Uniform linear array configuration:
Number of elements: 8
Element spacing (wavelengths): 0.5
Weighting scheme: binomial
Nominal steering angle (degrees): -45
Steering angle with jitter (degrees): -44.222
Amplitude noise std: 0.05
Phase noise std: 0.05

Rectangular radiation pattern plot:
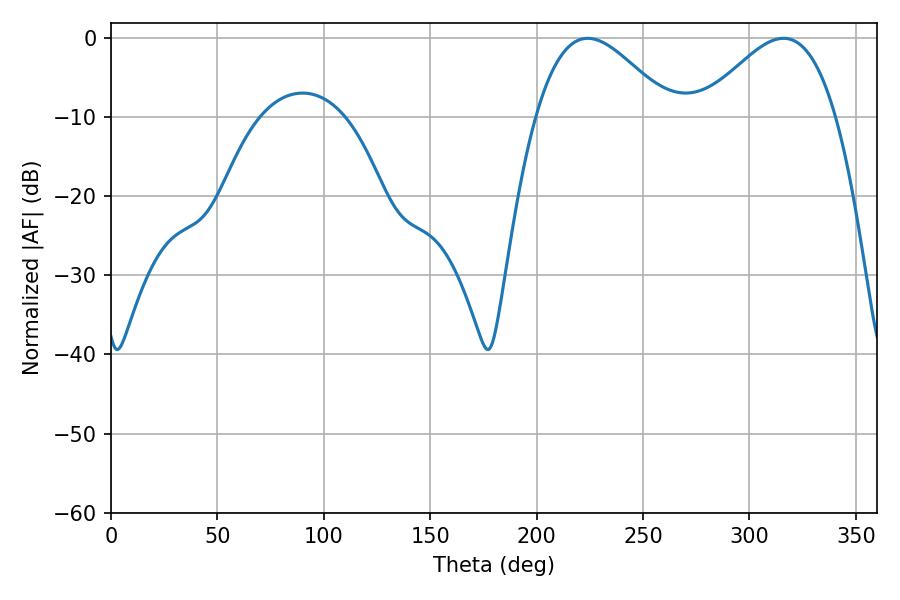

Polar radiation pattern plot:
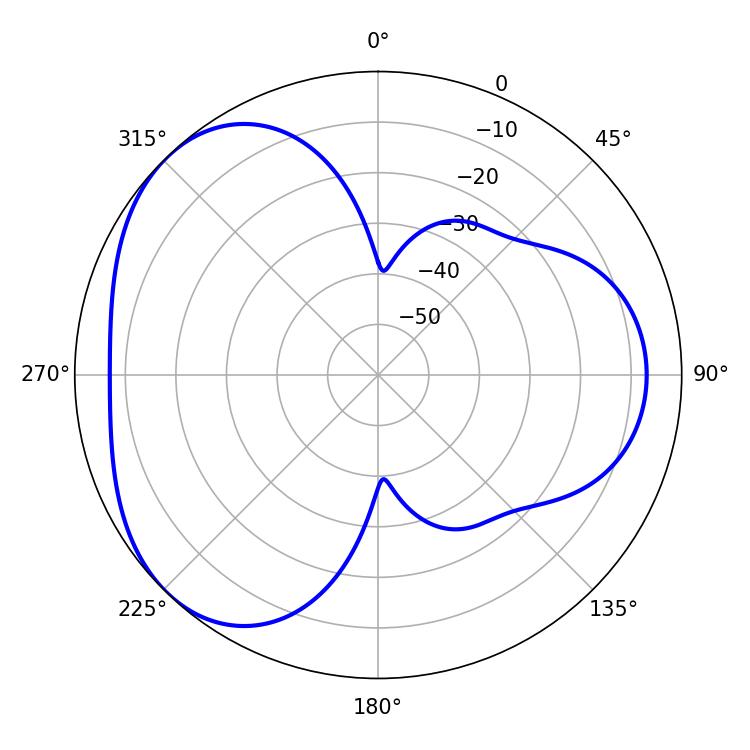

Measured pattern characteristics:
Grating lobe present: FALSE
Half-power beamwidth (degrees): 34.02
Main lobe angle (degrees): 223.92